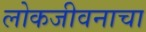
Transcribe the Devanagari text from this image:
लोकजीवनाचा